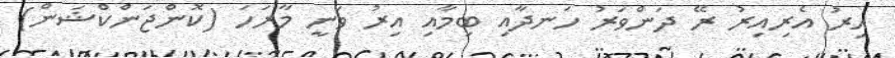
އިރު އެރިއިރު ރޭ ދަންވަރު ހަނދާއި ބިމާއި އިރު ވަނީ މާރަހަ (ކޮންޖަންކްޝަން)